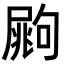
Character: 𡳏